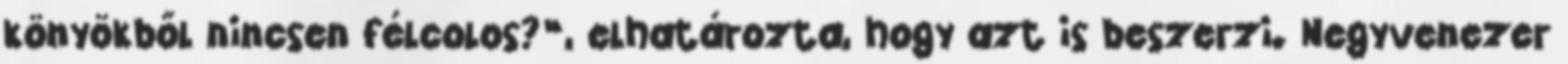
könyökből nincsen félcolos?”, elhatározta, hogy azt is beszerzi. Negyvenezer